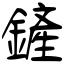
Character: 鏟